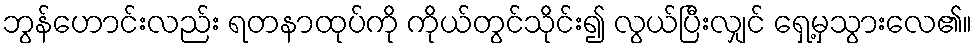
ဘွန်ဟောင်းလည်း ရတနာထုပ်ကို ကိုယ်တွင်သိုင်း၍ လွယ်ပြီးလျှင် ရှေ့မှသွားလေ၏။